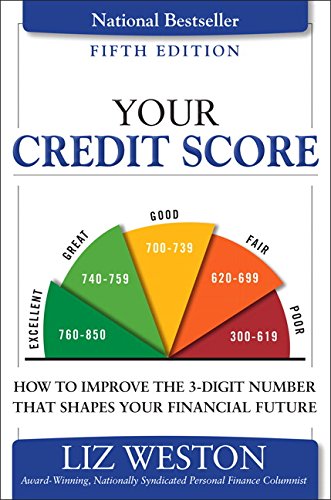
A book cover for Your Credit Score: How to Improve the 3-Digit Number That Shapes Your Financial Future (5th Edition) (Liz Pulliam Weston); Liz Weston; Business & Money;